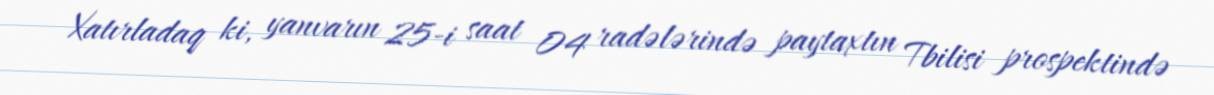
Xatırladaq ki, yanvarın 25-i saat 04 radələrində paytaxtın Tbilisi prospektində